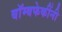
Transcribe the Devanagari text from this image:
बॉम्बफेकींनी